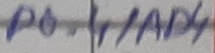
Text: P0.4/AD4